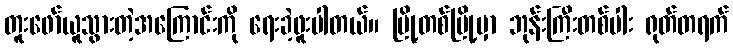
တူးဖော်ယူသွားတဲ့အကြောင်းကို ရေးခဲ့ဖူးပါတယ်။ မြို့တစ်မြို့မှာ ဘုန်းကြီးတစ်ပါး ရုတ်တရက်